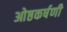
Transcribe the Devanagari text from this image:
ओष्ठकर्षणी